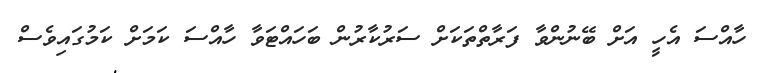
ހާއްސަ އެހީ އަށް ބޭނުންވާ ފަރާތްތަކަށް ސަރުކާރުން ބަހައްޓަވާ ހާއްސަ ކަމަށް ކަމުގައިވެސް